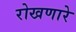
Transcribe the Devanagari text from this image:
रोखणारे